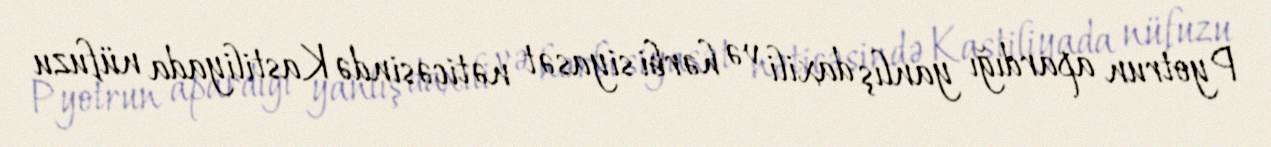
Pyotrun apardığı yanlış daxili və hərbi siyasət nəticəsində Kastiliyada nüfuzu